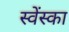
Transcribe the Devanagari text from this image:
स्वेंस्का